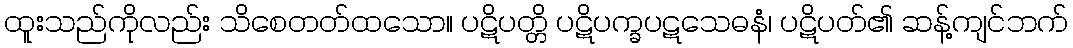
ထူးသည်ကိုလည်း သိစေတတ်ထသော။ ပဋိပတ္တိ ပဋိပက္ခပဋသေဓနံ၊ ပဋိပတ်၏ ဆန့်ကျင်ဘက်